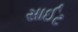
સાઈટ